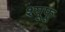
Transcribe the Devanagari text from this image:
श्यूफू